Vaccination returns of the Province of Eastern Bengal and Assam - 1905-1912
Year: 1905
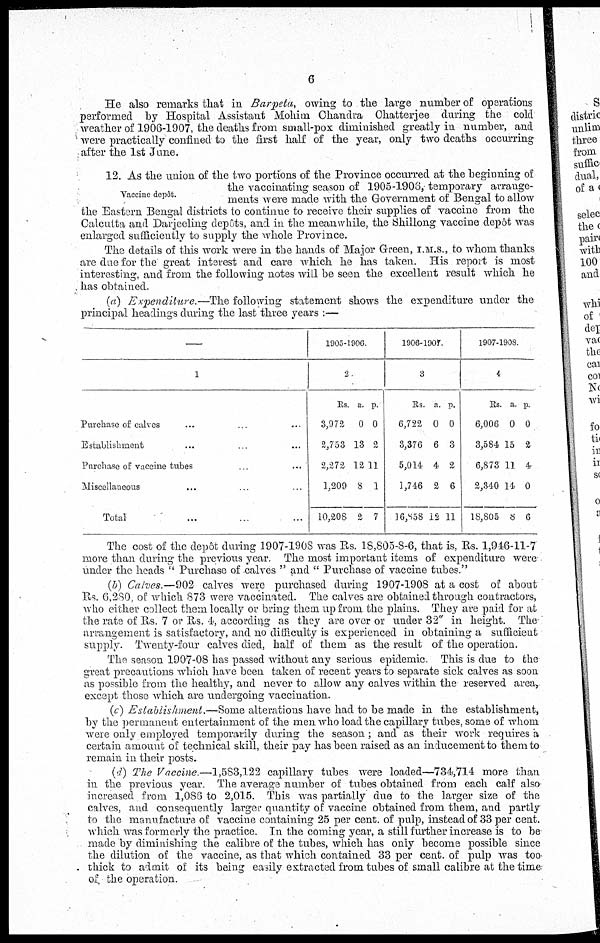
6
He also remarks that in Barpeta, owing to the large number of operations
performed by Hospital Assistant Mohim Chandra Chatterjee during the cold
weather of 1906-1907, the deaths from small-pox diminished greatly in number, and
were practically confined to the first half of the year, only two deaths occurring
after the 1st June.
Vaccine depôt.
12. As the union of the two portions of the Province occurred at the beginning of
the vaccinating season of 1905-1906, temporary arrange-
ments were made with the Government of Bengal to allow
the Eastern Bengal districts to continue to receive their supplies of vaccine from the
Calcutta and Darjeeling depôts, and in the meanwhile, the Shillong vaccine depôt was
enlarged sufficiently to supply the whole Province.
The details of this work were in the hands of Major Green, I.M.S., to whom thanks
are due for the great interest and care which he has taken. His report is most
interesting, and from the following notes will be seen the excellent result which he
has obtained.
(a) Expenditure.—The following statement shows the expenditure under the
principal headings during the last three years :—
—
1
Purchase of calves ... ... ...
Establishment ... ... ...
Purchase of vaccine tubes ... ... ...
Miscellaneous ... ... ...
Total ... ... ...
1905-1906.
2
Rs.
3,072
2,753
2,272
1,209
10,208
a.
0
13
12
8
2
p.
0
2
11
1
7
1906-1907.
3
Rs.
6,722
3,376
5,014
1,746
16,858
a.
0
6
4
2
12
p.
0
3
2
6
11
1907-1908.
4
Rs.
6,006
3,584
6,873
2,340
18,805
a.
0
15
11
14
8
p
0
2
4
0
6
The cost of the depôt during 1907-1908 was Rs. 18,805-8-6, that is, Rs. 1,946-11-7
more than during the previous year. The most important items of expenditure were
under the heads " Purchase of calves " and " Purchase of vaccine tubes."
(b) Calves.—902 calves were purchased during 1907-1908 at a cost of about
Rs. 6,280, of which 873 were vaccinated. The calves are obtained through contractors,
who either collect them locally or bring them up from the plains. They are paid for at
the rate of Rs. 7 or Rs. 4, according as they are over or under 32" in height. The
arrangement is satisfactory, and no difficulty is experienced in obtaining a sufficient
supply. Twenty-four calves died, half of them as the result of the operation.
The season 1907-08 has passed without any serious epidemic. This is due to the
great precautions which have been taken of recent years to separate sick calves as soon
as possible from the healthy, and never to allow any calves within the reserved area,
except those which are undergoing vaccination.
(c) Establishment.—Some alterations have had to be made in the establishment,
by the permanent entertainment of the men who load the capillary tubes, some of whom
were only employed temporarily during the season; and as their work requires a
certain amount of technical skill, their pay has been raised as an inducement to them to
remain in their posts.
(d) The Vaccine.—1,583,122 capillary tubes were loaded—734,714 more than
in the previous year. The average number of tubes obtained from each calf also
increased from 1,086 to 2,015. This was partially due to the larger size of the
calves, and consequently larger quantity of vaccine obtained from them, and partly
to the manufacture of vaccine containing 25 per cent. of pulp, instead of 33 per cent.
which was formerly the practice. In the coming year, a still further increase is to be
made by diminishing the calibre of the tubes, which has only become possible since
the dilution of the vaccine, as that which contained 33 per cent. of pulp was too-
thick to admit of its being easily extracted from tubes of small calibre at the time
of the operation.